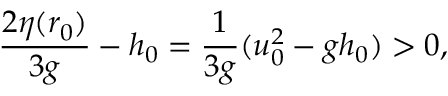
\displaystyle \frac { 2 \eta ( r _ { 0 } ) } { 3 g } - h _ { 0 } = \frac { 1 } { 3 g } ( u _ { 0 } ^ { 2 } - g h _ { 0 } ) > 0 ,